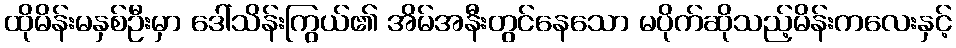
ထိုမိန်းမနှစ်ဦးမှာ ဒေါ်သိန်းကြွယ်၏ အိမ်အနီးတွင်နေသော မပိုက်ဆိုသည့်မိန်းကလေးနှင့်